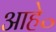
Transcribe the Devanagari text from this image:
आहे॰